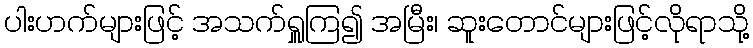
ပါးဟက်များဖြင့် အသက်ရှူကြ၍ အမြီး၊ ဆူးတောင်များဖြင့်လိုရာသို့